65_HS1-834228961_62-HQ-83894_Serial_164
Agency: FBI
Page 68
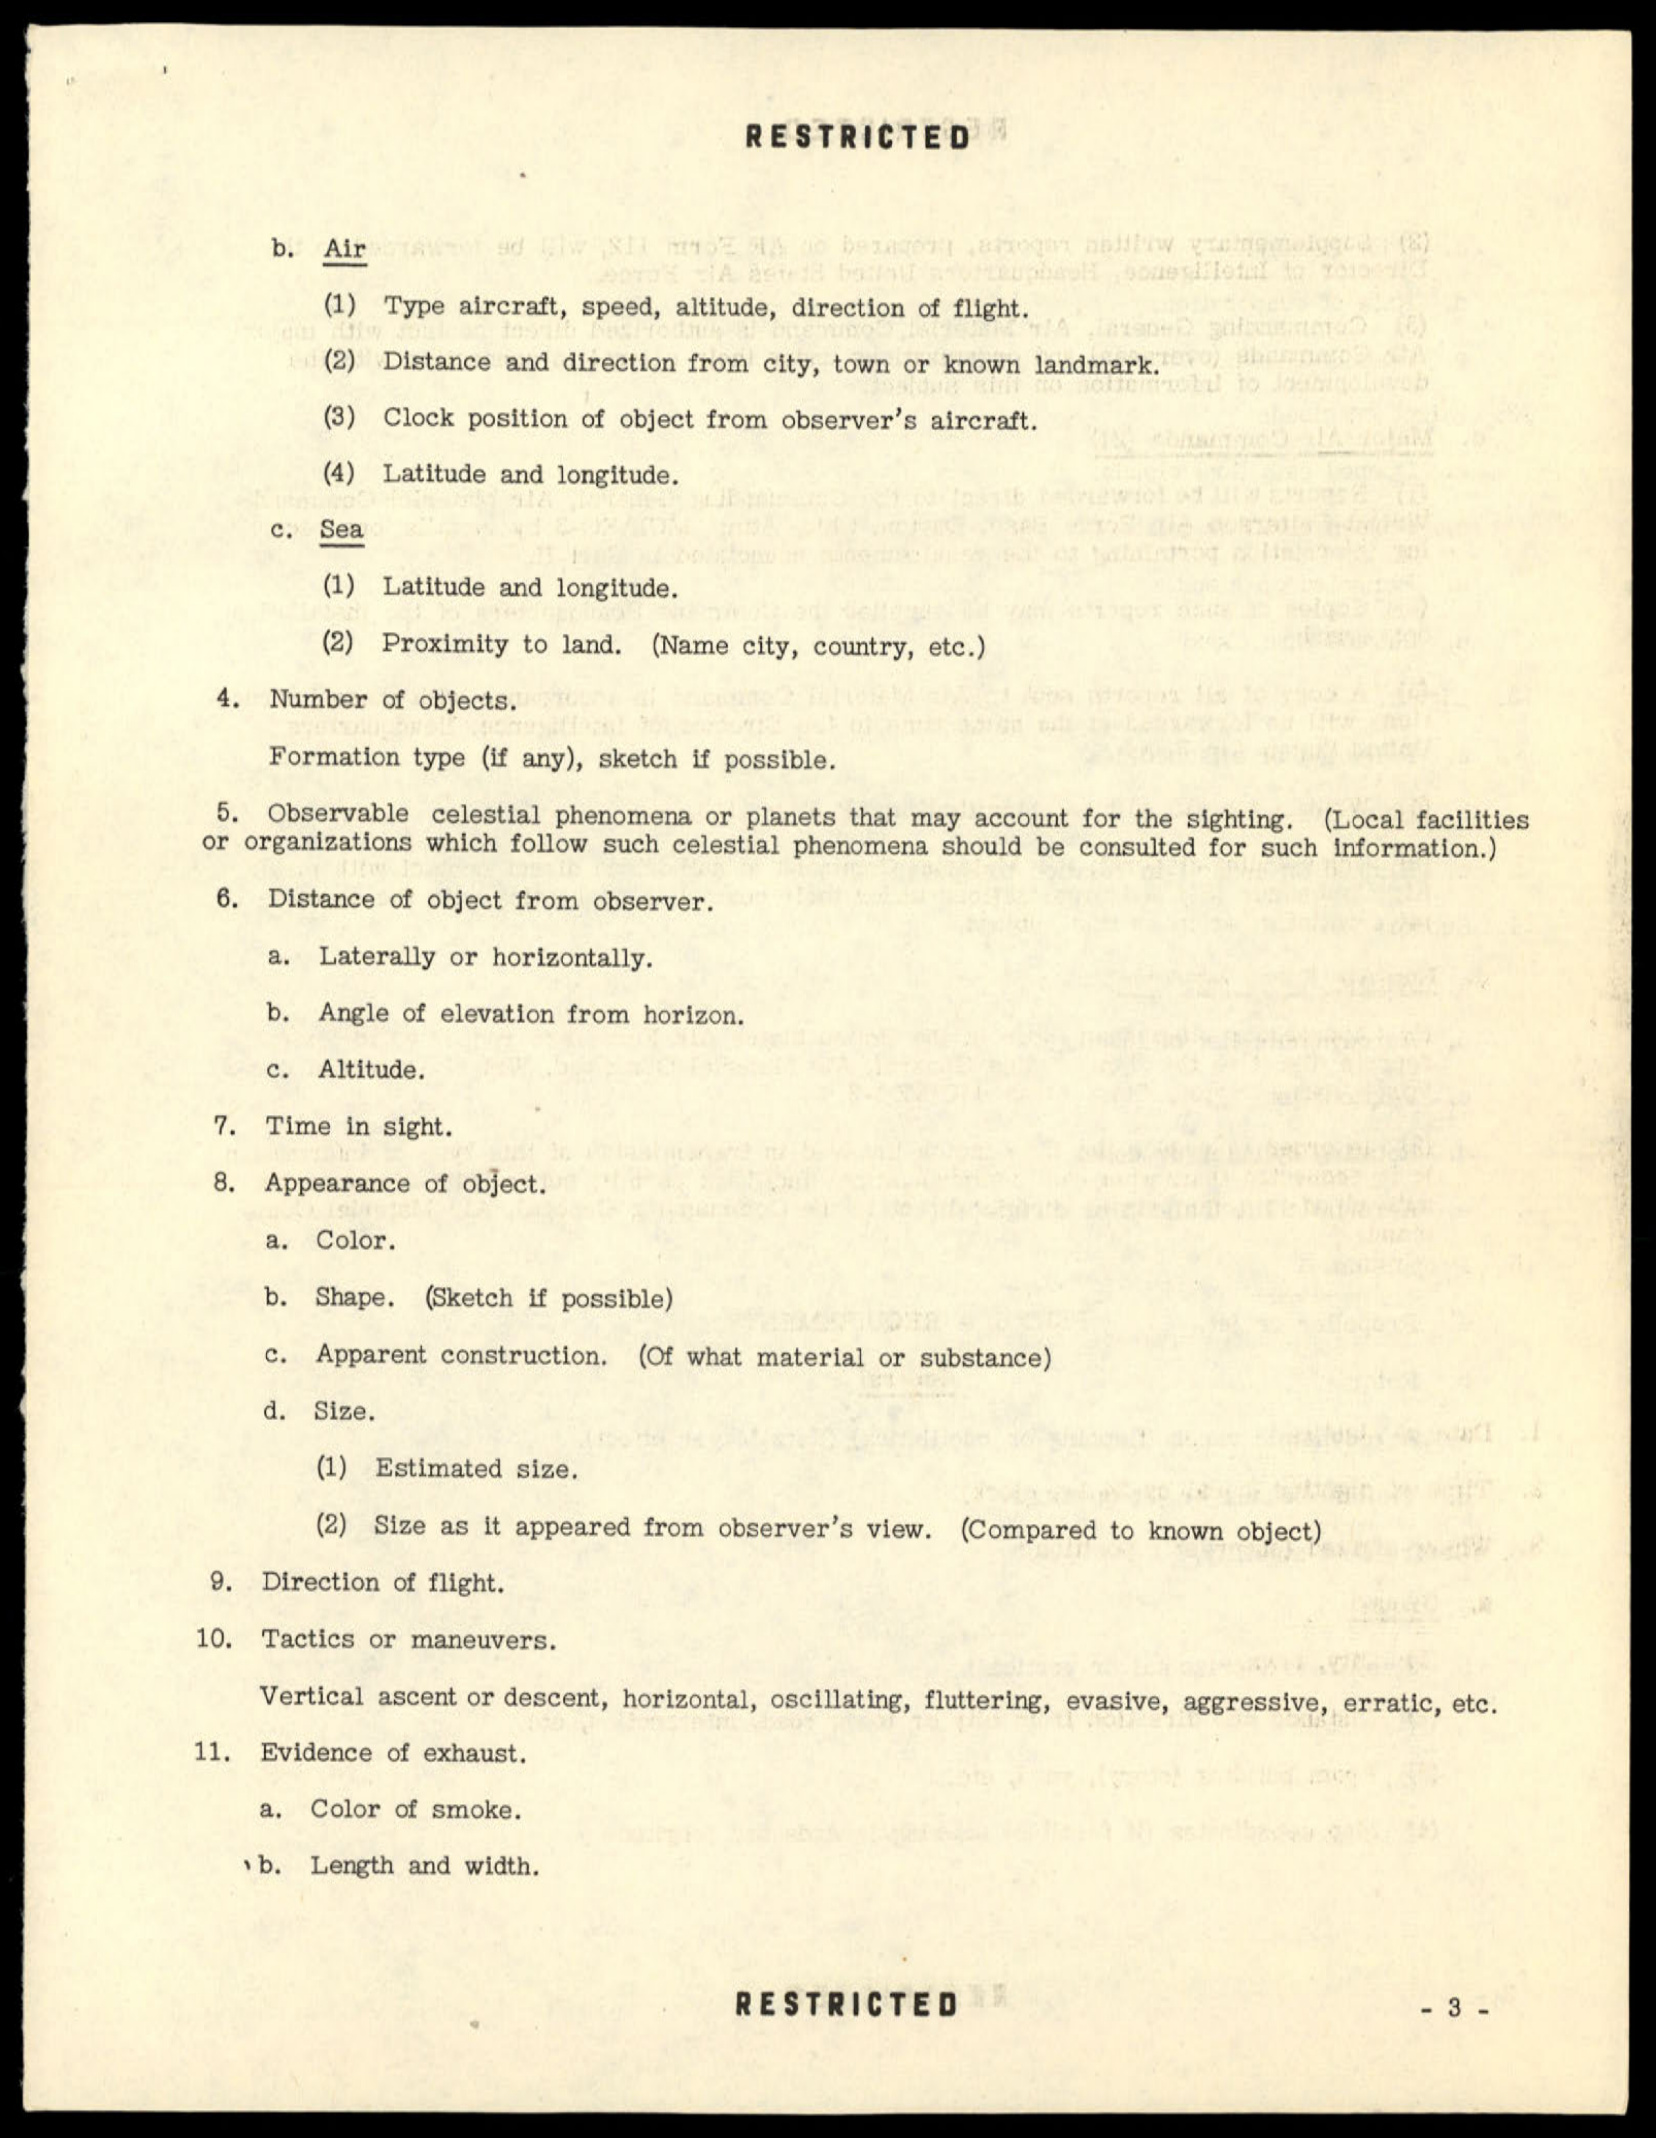